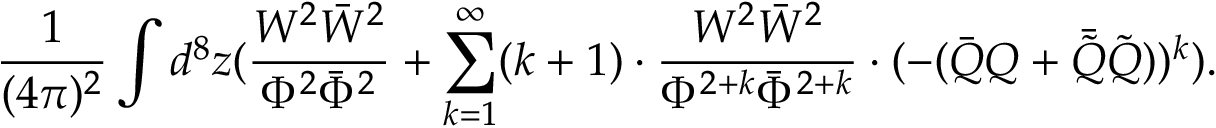
\frac { 1 } { ( 4 \pi ) ^ { 2 } } \int d ^ { 8 } z ( \frac { W ^ { 2 } \bar { W } ^ { 2 } } { \Phi ^ { 2 } \bar { \Phi } ^ { 2 } } + \sum _ { k = 1 } ^ { \infty } ( k + 1 ) \cdot \frac { W ^ { 2 } \bar { W } ^ { 2 } } { \Phi ^ { 2 + k } \bar { \Phi } ^ { 2 + k } } \cdot ( - ( \bar { Q } Q + \bar { \tilde { Q } } \tilde { Q } ) ) ^ { k } ) .